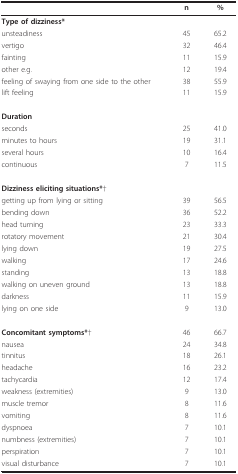
<table><thead><tr><td></td><td><b>n</b></td><td><b>%</b></td></tr></thead><tbody><tr><td><b>Type of dizziness*</b></td><td></td><td></td></tr><tr><td>unsteadiness</td><td>45</td><td>65.2</td></tr><tr><td>vertigo</td><td>32</td><td>46.4</td></tr><tr><td>fainting</td><td>11</td><td>15.9</td></tr><tr><td>other e.g.</td><td>12</td><td>19.4</td></tr><tr><td>feeling of swaying from one side to the other</td><td>38</td><td>55.9</td></tr><tr><td>lift feeling</td><td>11</td><td>15.9</td></tr><tr><td><b>Duration</b></td><td></td><td></td></tr><tr><td>seconds</td><td>25</td><td>41.0</td></tr><tr><td>minutes to hours</td><td>19</td><td>31.1</td></tr><tr><td>several hours</td><td>10</td><td>16.4</td></tr><tr><td>continuous</td><td>7</td><td>11.5</td></tr><tr><td><b>Dizziness eliciting situations*</b>†</td><td></td><td></td></tr><tr><td>getting up from lying or sitting</td><td>39</td><td>56.5</td></tr><tr><td>bending down</td><td>36</td><td>52.2</td></tr><tr><td>head turning</td><td>23</td><td>33.3</td></tr><tr><td>rotatory movement</td><td>21</td><td>30.4</td></tr><tr><td>lying down</td><td>19</td><td>27.5</td></tr><tr><td>walking</td><td>17</td><td>24.6</td></tr><tr><td>standing</td><td>13</td><td>18.8</td></tr><tr><td>walking on uneven ground</td><td>13</td><td>18.8</td></tr><tr><td>darkness</td><td>11</td><td>15.9</td></tr><tr><td>lying on one side</td><td>9</td><td>13.0</td></tr><tr><td><b>Concomitant symptoms*</b>†</td><td>46</td><td>66.7</td></tr><tr><td>nausea</td><td>24</td><td>34.8</td></tr><tr><td>tinnitus</td><td>18</td><td>26.1</td></tr><tr><td>headache</td><td>16</td><td>23.2</td></tr><tr><td>tachycardia</td><td>12</td><td>17.4</td></tr><tr><td>weakness (extremities)</td><td>9</td><td>13.0</td></tr><tr><td>muscle tremor</td><td>8</td><td>11.6</td></tr><tr><td>vomiting</td><td>8</td><td>11.6</td></tr><tr><td>dyspnoea</td><td>7</td><td>10.1</td></tr><tr><td>numbness (extremities)</td><td>7</td><td>10.1</td></tr><tr><td>perspiration</td><td>7</td><td>10.1</td></tr><tr><td>visual disturbance</td><td>7</td><td>10.1</td></tr></tbody></table>